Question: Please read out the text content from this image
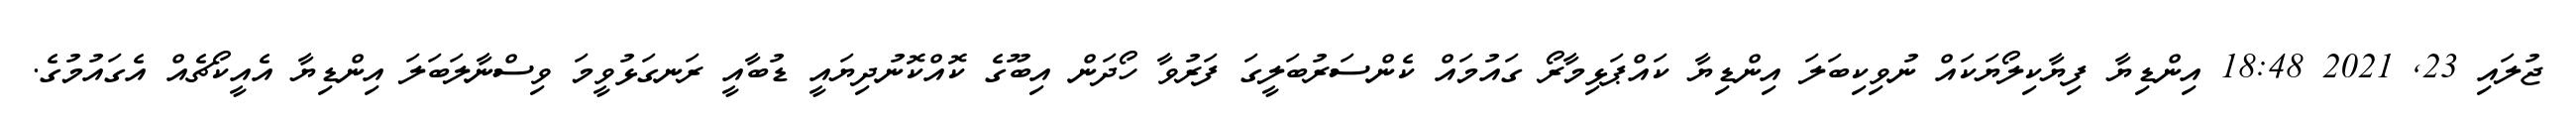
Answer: ޖުލައި 23, 2021 18:48 އިންޑިޔާ ފިޔާކިލޯޔަކައް ނުވިކިބަލަ އިންޑިޔާ ކައްޕަޅިމާރޯ ގައުމައް ކެންސަރުބަލީގަ ފަރުވާ ހޯދަން އިބޫގެ ކޮއްކޮނުދިޔައީ ޑުބާއީ ރަނގަޅުވީމަ ވިސްނާލަބަލަ އިންޑިޔާ އެއީކޯޗެއް އެގައުމުގެ.